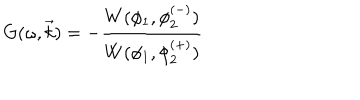
G ( \omega , \vec { k } ) = - \frac { W ( \phi _ { 1 } , \phi _ { 2 } ^ { ( - ) } ) } { W ( \phi _ { 1 } , \phi _ { 2 } ^ { ( + ) } ) }